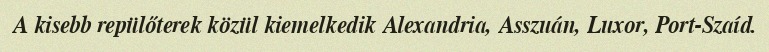
A kisebb repülőterek közül kiemelkedik Alexandria, Asszuán, Luxor, Port-Szaíd.